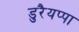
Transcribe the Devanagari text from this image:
डुरैयप्पा